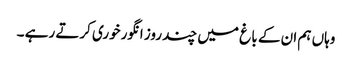
وہاں ہم ان کے با غ میں چند روز انگورخوری کرتے رہے ۔